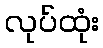
လုပ်ထုံး